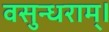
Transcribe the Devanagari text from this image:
वसुन्धराम्।